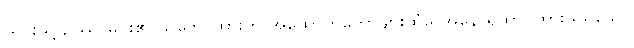
ယင်းသို့ ဥဿာမင်း၏ သဘောထားကို အထောက်တော်များထံမှ အနော်ရထာ ကြားသိရသော်